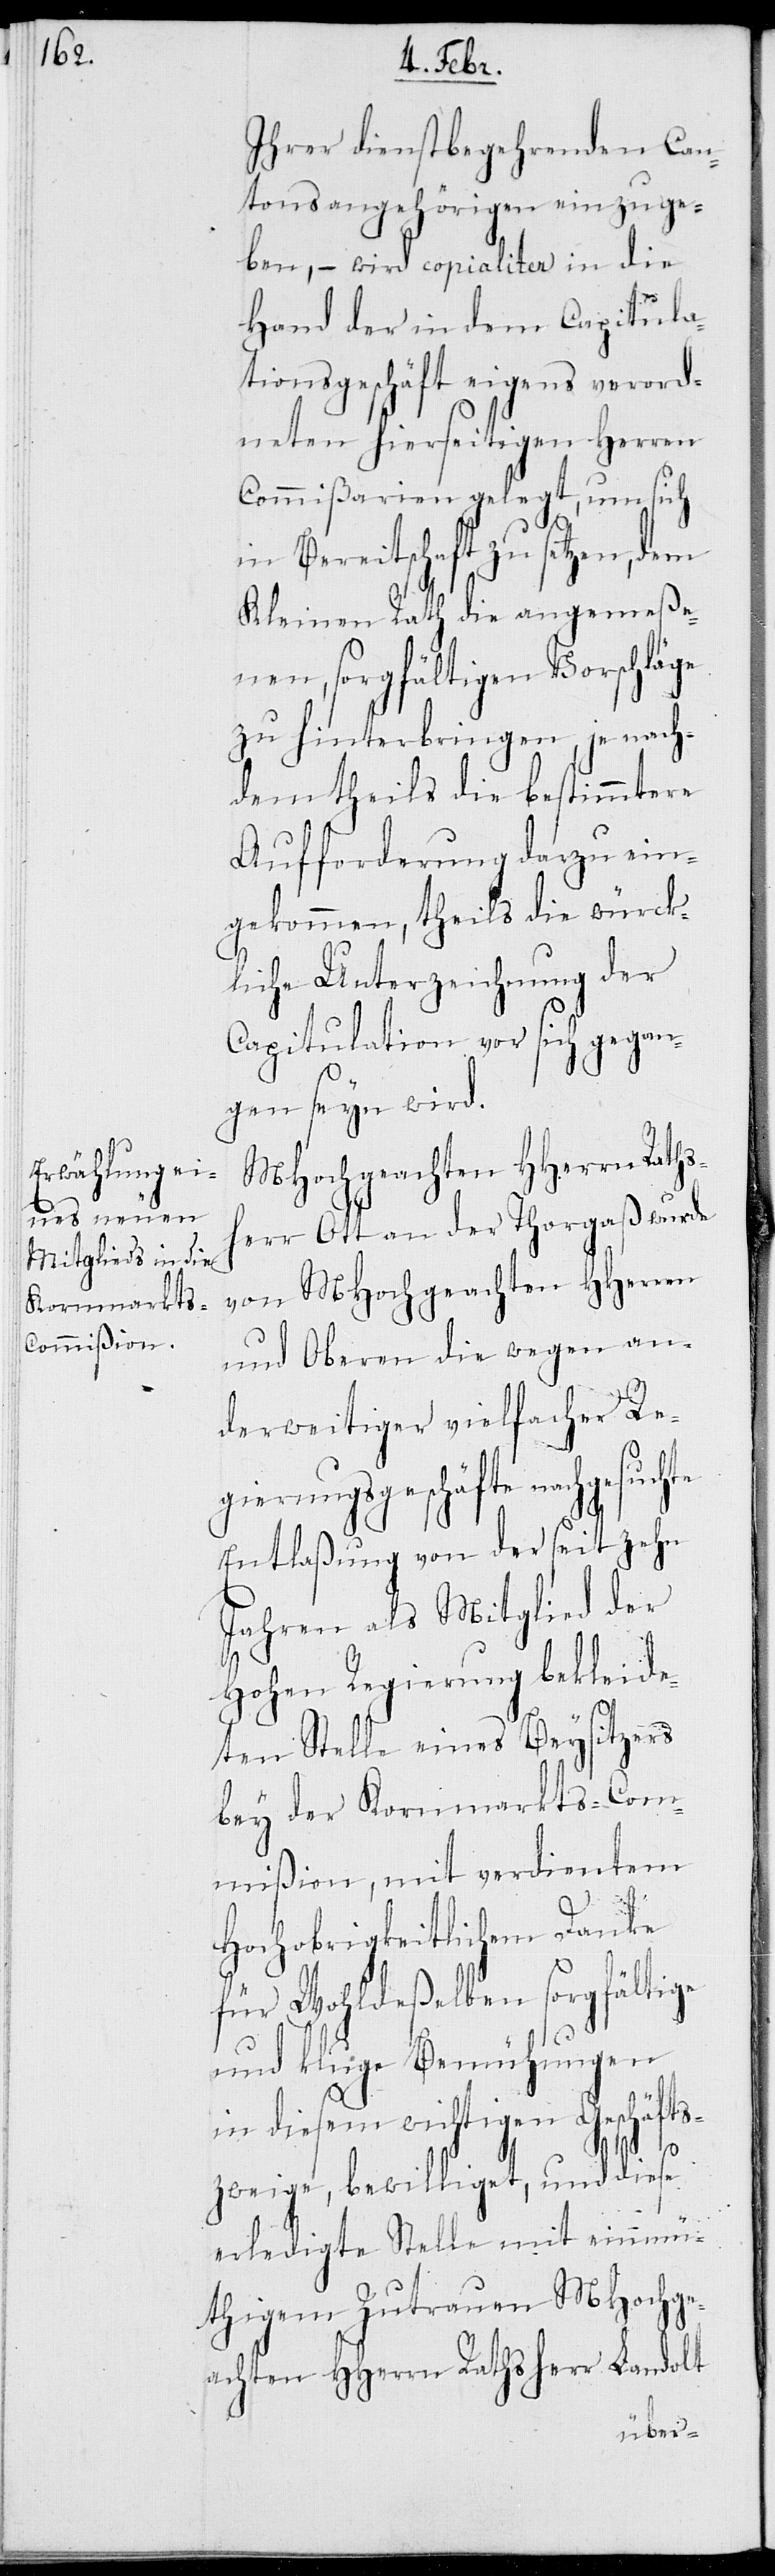
Ihrer dienstbegehrenden Can¬
tonsangehörigen einzuge¬
ben, – wird copialiter in die
Hand der in dem Capitula¬
tionsgeschäft eigens verord¬
neten hierseitigen Herren
Commißarien gelegt, um sich
in Bereitschaft zu setzen, dem
Kleinen Rath die angemeße¬
nen, sorgfältigen Vorschläge
zu hinterbringen, je nach¬
dem theils die bestimmtere
Aufforderung darzu ein¬
gekommen, theils die würck¬
liche Unterzeichnung der
Capitulation vor sich gegan¬
gen seyn wird.
MHochgeachten HHerrn Raths¬
herr Ott an der Thorgaß wird
von MHochgeachten HHerren
und Oberen die wegen an¬
derweitiger vielfacher Re¬
gierungsgeschäfte nachgesuchte
Entlaßung von der seit zehn
Jahren als Mitglied der
Hohen Regierung bekleide¬
ten Stelle eines Beysitzers
bey der Kornmarkts-Com¬
mißion, mit verdientem
Hochobrigkeitlichem Danke
für Wohldeßelben sorgfältige
und kluge Bemühungen
in diesem wichtigen Geschäfts¬
zweige, bewilliget, und diese
erledigte Stelle mit einmü¬
thigem Zutrauen MHochge¬
achten HHerren Rathsherr Landolt